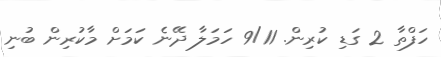
ހަފްތާ 2 ގަޑި ކުރިން. 9/11 ހަމަލާ ދޭނެ ކަމަށް މާކުރިން ބުނި